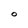
Character: 0